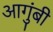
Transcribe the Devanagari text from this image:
आगुंबी